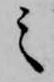
之